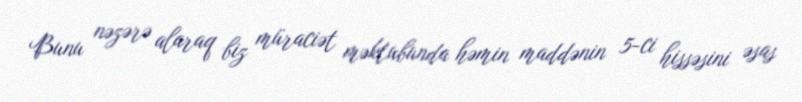
Bunu nəzərə alaraq biz müraciət məktubunda həmin maddənin 5-ci hissəsini əsas